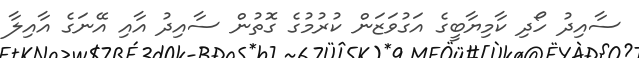
ސާއިދު ހޯދި ކާމިޔާބީގެ އަގުވަޒަން ކުރުމުގެ ގޮތުން ސާއިދު އާއި އޭނަގެ އާއިލާ